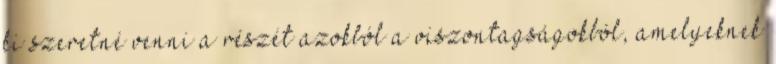
ki szeretné venni a részét azokból a viszontagságokból, amelyeknek